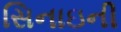
સિનાઇની